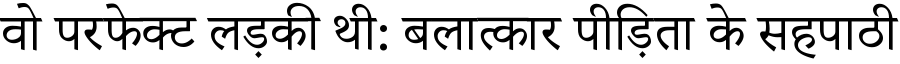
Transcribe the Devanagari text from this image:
वो परफेक्ट लड़की थी: बलात्कार पीड़िता के सहपाठी